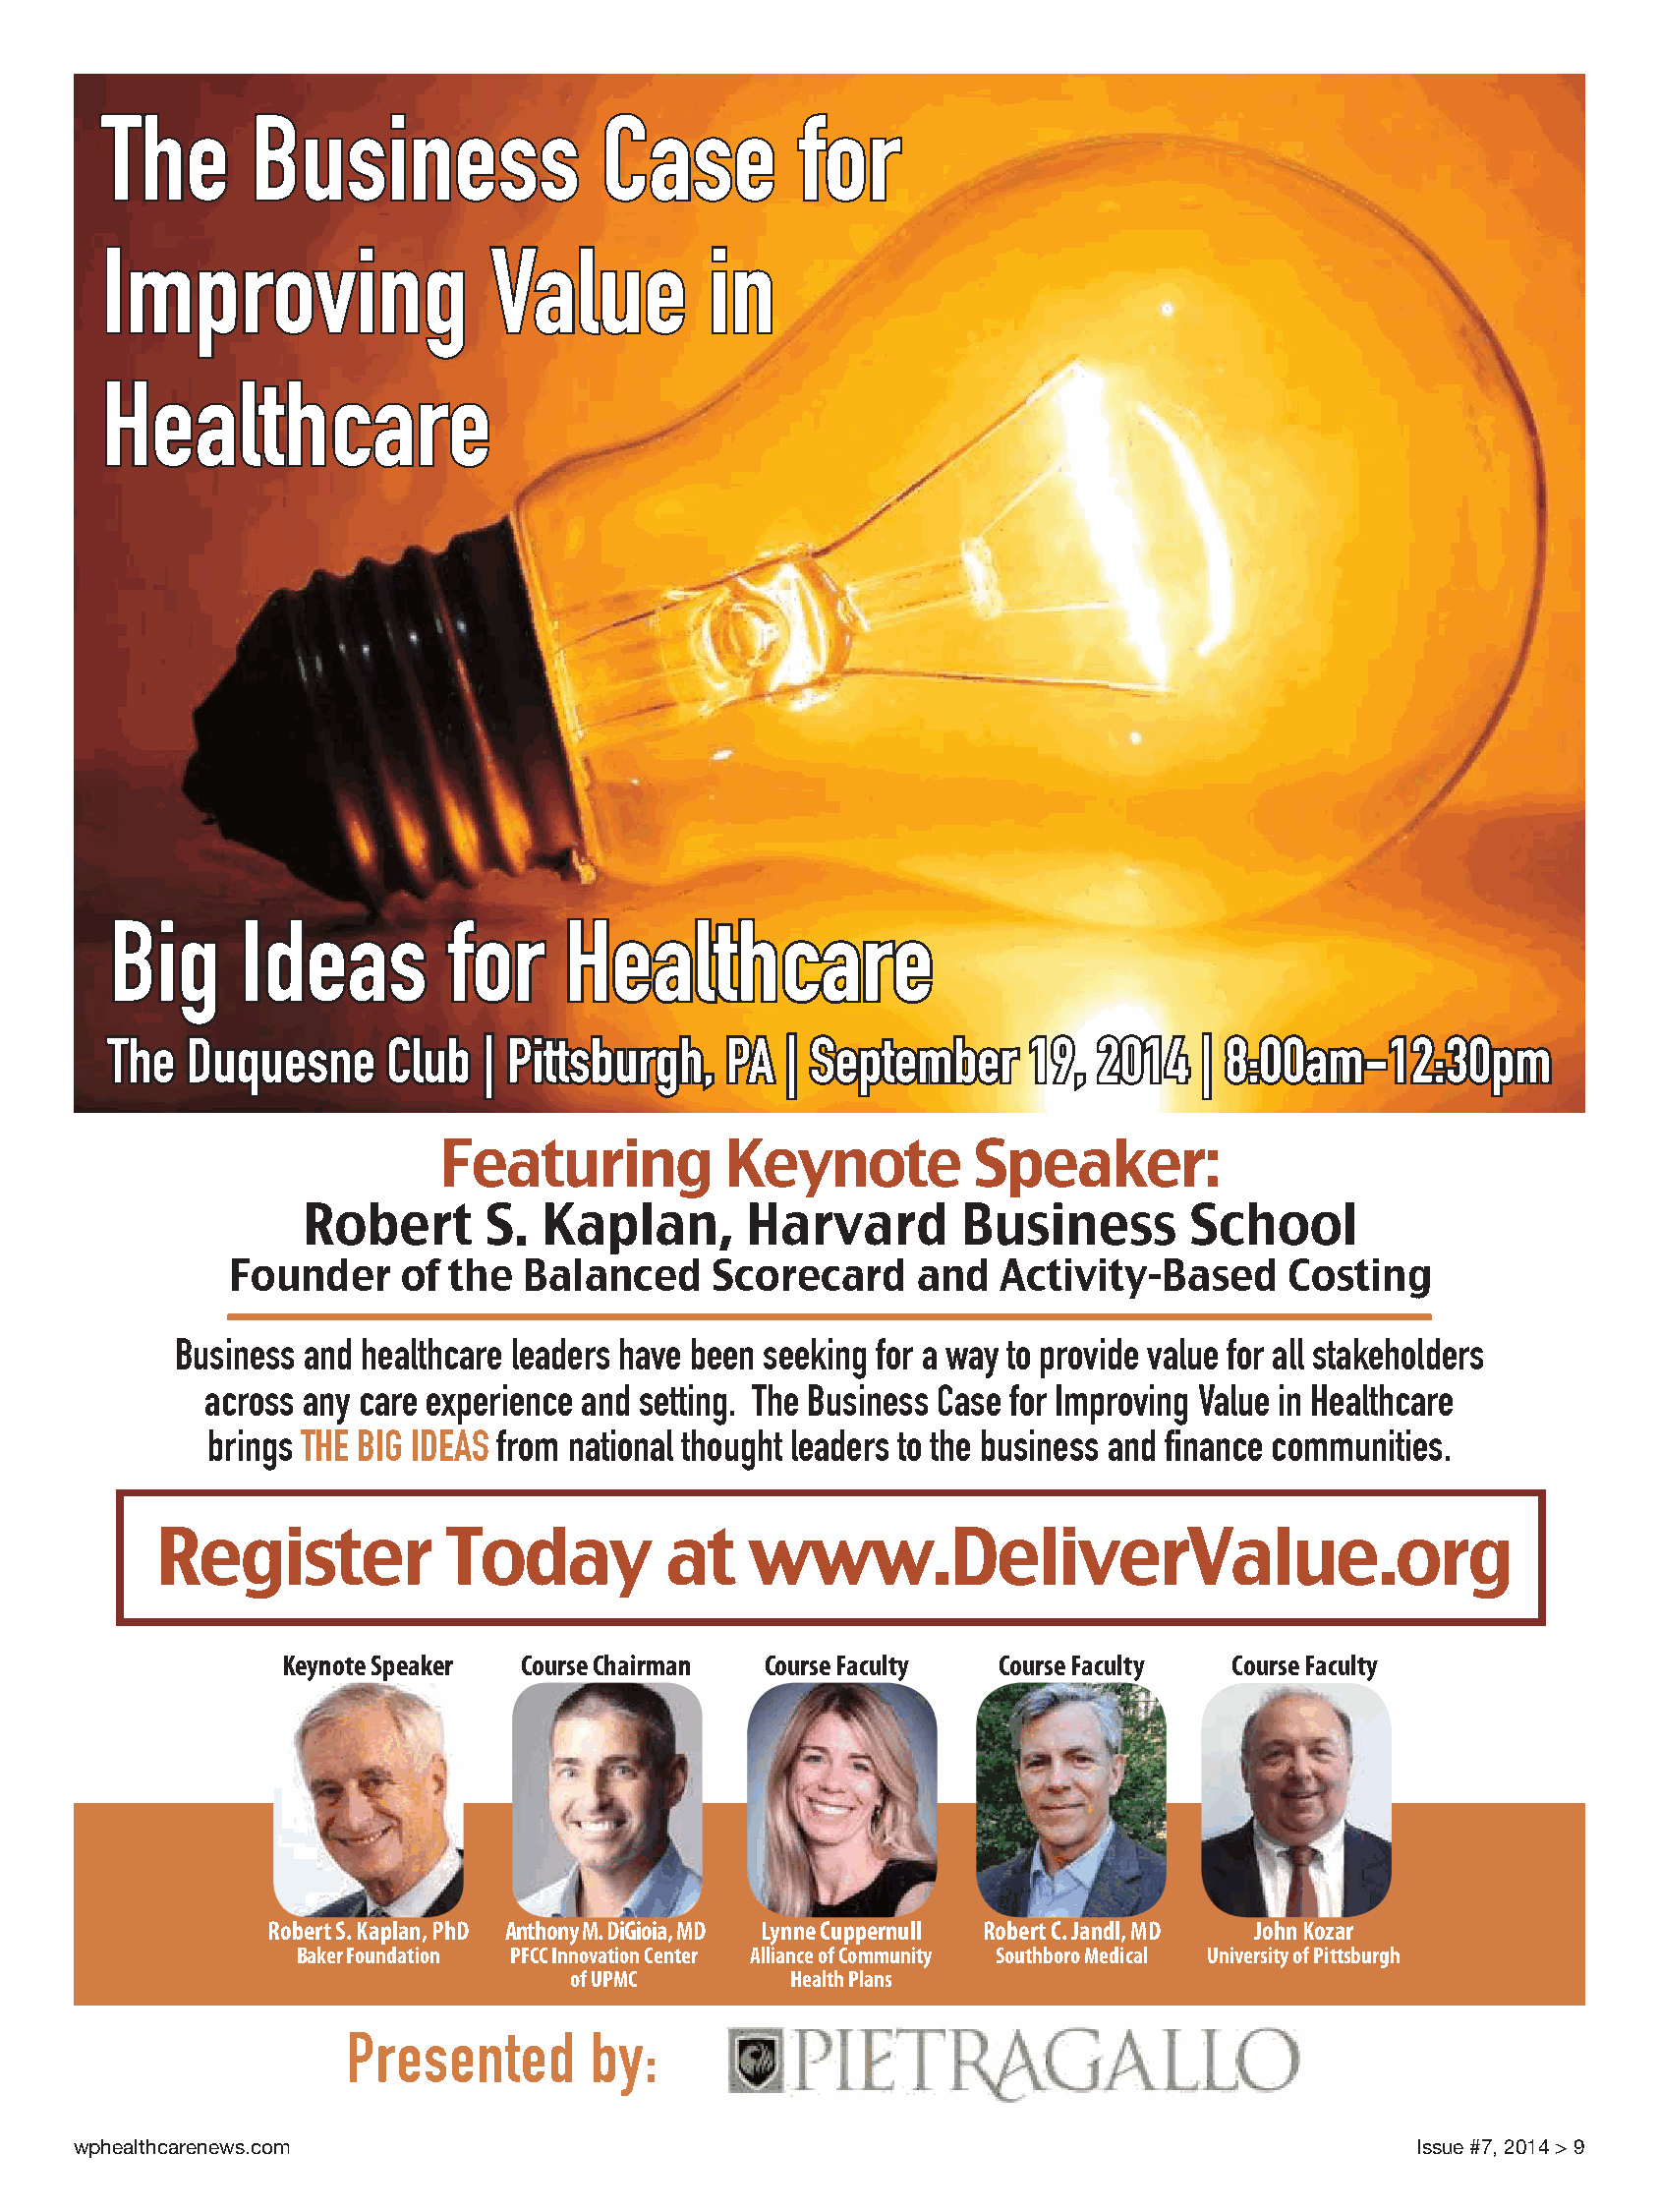
The       Business                Case         for
 Improving                 Value          in
 Healthcare
 Big      Ideas         for     Healthcare
 The   Duquesne     Club  | Pittsburgh,    PA  | September     19,  2014   | 8:00am-12:30pm
 Featuring          Keynote          Speaker:
 Robert       S. Kaplan,       Harvard        Business       School
 Founder     of the  Balanced     Scorecard     and  Activity-Based      Costing
 Business and healthcare leaders have been seeking for a way to provide value for all stakeholders
 across any care experience and setting. The Business Case for Improving Value in Healthcare
 brings THE BIG IDEAS from national thought leaders to the business and finance communities.
 Register           Today          at   www.DeliverValue.org
 Keynote Speaker Course Chairman Course Faculty  Course Faculty  Course Faculty
 Robert S. Kaplan, PhD Anthony M. DiGioia, MD Lynne Cuppernull Robert C. Jandl, MD John Kozar
 Baker Foundation PFCC Innovation Center Alliance of Community Southboro Medical University of Pittsburgh
 of UPMC        Health Plans
 Presented        by:
 wphealthcarenews.com                                                                      Issue #7, 2014 > 9